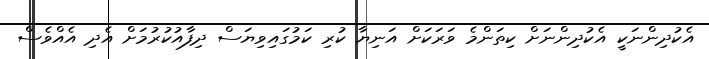
އެކުދިންނަކީ އެކުދިންނަށް ކިތަންމެ ވަރަކަށް އަނިޔާ ކުރި ކަމުގައިވިޔަސް ދިފާއުކުރުމަށް އެދި އެއްވެސް